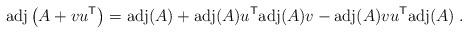
LaTeX: \begin{align*}{\rm adj} \left( A + v u^{\sf T} \right) = {\rm adj}(A) +{\rm adj}(A) u^{\sf T} {\rm adj}(A) v -{\rm adj}(A) v u^{\sf T} {\rm adj}(A) \;.\end{align*}